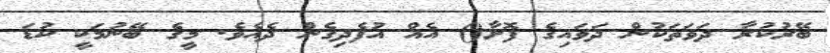
ބޭރުކުރާ ދަވަތަކުން ދަވައިގެ ފޮށާ() އެއް އުފެދިގެން ދެއެވެ. މީގެ ބޭނުމަކީ ކުޑަ